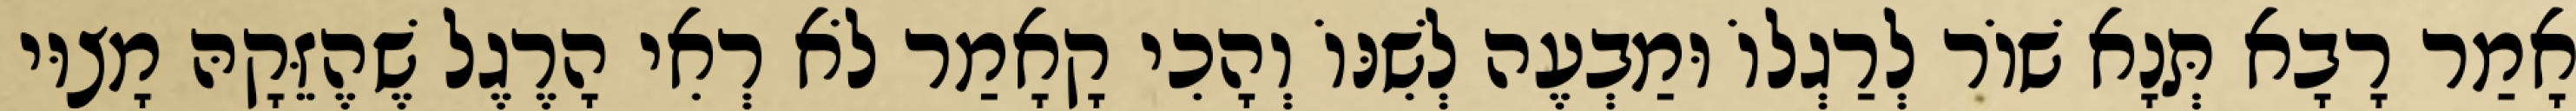
אָמַר רָבָא תְּנָא שׁוֹר לְרַגְלוֹ וּמַבְעֶה לְשִׁנּוֹ וְהָכִי קָאָמַר לֹא רְאִי הָרֶגֶל שֶׁהֶזֵּקָהּ מָצוּי